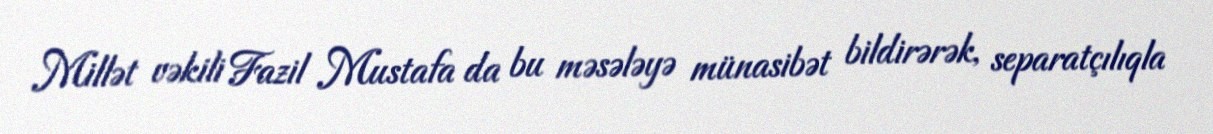
Millət vəkili Fazil Mustafa da bu məsələyə münasibət bildirərək, separatçılıqla